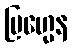
ဗြဟ္မေန